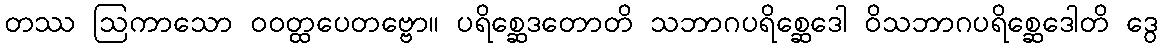
တဿ ဩကာသော ဝဝတ္ထပေတဗ္ဗော။ ပရိစ္ဆေဒတောတိ သဘာဂပရိစ္ဆေဒေါ ဝိသဘာဂပရိစ္ဆေဒေါတိ ဒွေ